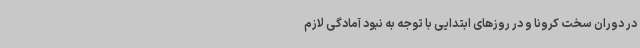
در دوران سخت کرونا و در روزهای ابتدایی با توجه به نبود آمادگی لازم